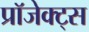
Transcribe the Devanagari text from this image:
प्रॉजेक्ट्स